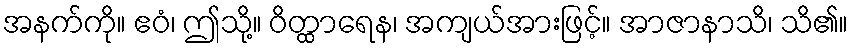
အနက်ကို။ ဧဝံ၊ ဤသို့။ ဝိတ္ထာရေန၊ အကျယ်အားဖြင့်။ အာဇာနာသိ၊ သိ၏။